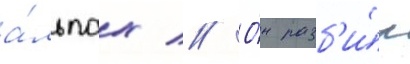
а́льпах // О́н разб'и́л